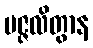
ပဇ္ဇလိတွာန